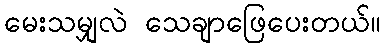
မေးသမျှလဲ သေချာဖြေပေးတယ်။